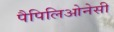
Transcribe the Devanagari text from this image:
पैपिलिओनेसी